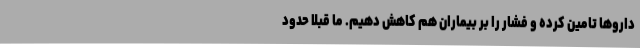
داروها تامین کرده و فشار را بر بیماران هم کاهش دهیم. ما قبلا حدود